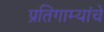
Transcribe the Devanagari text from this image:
प्रतिगाम्यांचे